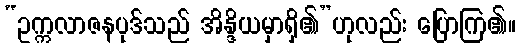
“ဥက္ကလာဇနပုဒ်သည် အိန္ဒိယမှာရှိ၏”ဟုလည်း ပြောကြ၏။